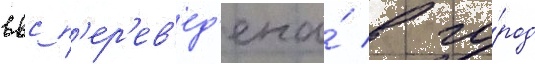
ввс п'ер'ев'ед'ена́ в го́род